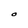
Character: O